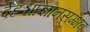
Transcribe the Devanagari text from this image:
देहश्चाज्ञानसम्भवः